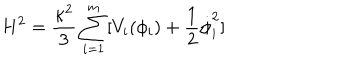
H ^ { 2 } = \frac { \kappa ^ { 2 } } { 3 } \sum _ { i = 1 } ^ { m } [ V _ { i } ( \phi _ { i } ) + \frac { 1 } { 2 } \dot { \phi } _ { i } ^ { 2 } ]